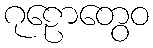
ဂုဠောတွေဝ